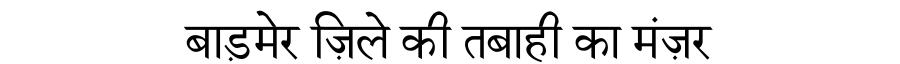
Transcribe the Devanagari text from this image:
बाड़मेर ज़िले की तबाही का मंज़र